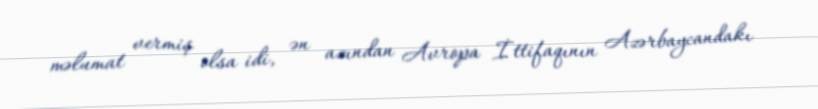
məlumat vermiş olsa idi, ən azından Avropa İttifaqının Azərbaycandakı